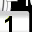
Digit: 1